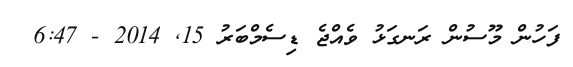
ފަހުން މޫސުން ރަނގަޅު ވެއްޖެ ޑިސެމްބަރު 15